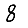
Digit: 8